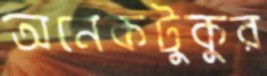
অনেকটুকুর